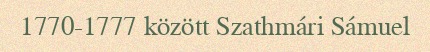
1770-1777 között Szathmári Sámuel